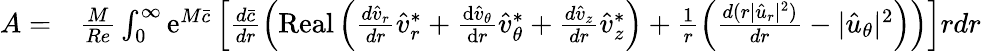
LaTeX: \begin{array}{rl}{A=}&{{}\frac{M}{Re}\int_{0}^{\infty}\mathrm{e}^{M\bar{c}}\left[\frac{d\bar{c}}{dr}\left(\operatorname{Real}\left(\frac{d\hat{v}_{r}}{dr}\hat{v}_{r}^{*}+\frac{\mathrm{d}\hat{v}_{\theta}}{\mathrm{d}r}\hat{v}_{\theta}^{*}+\frac{d\hat{v}_{z}}{dr}\hat{v}_{z}^{*}\right)+\frac{1}{r}\left(\frac{d(r|\hat{u}_{r}|^{2})}{dr}-|\hat{u}_{\theta}|^{2}\right)\right)\right]rdr}\end{array}